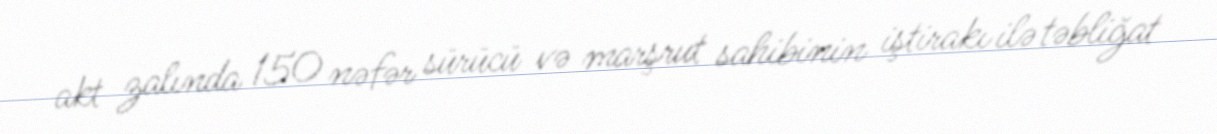
akt zalında 150 nəfər sürücü və marşrut sahibinin iştirakı ilə təbliğat